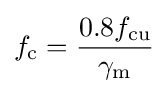
f_{\text{c}}={\frac {0.8f_{\text{cu}}}{\gamma _{\text{m}}}}